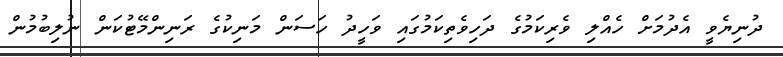
ދުނިޔެވީ އެދުމަށް ހެއްލި ވެރިކަމުގެ ދަހިވެތިކަމުގައި ވަހީދު ހަސަން މަނިކުގެ ރަނިންމޭޓުކަން ނުލިބުމުން